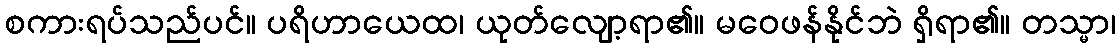
စကားရပ်သည်ပင်။ ပရိဟာယေထ၊ ယုတ်လျော့ရာ၏။ မဝေဖန်နိုင်ဘဲ ရှိရာ၏။ တသ္မာ၊